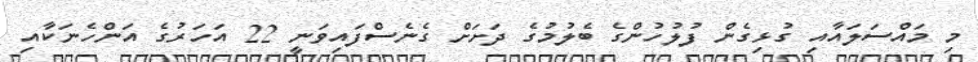
މި މައްސަލައާއި ގުޅިގެން ފުލުހުންގެ ބެލުމުގެ ދަށަށް ގެނެސްފައިވަނީ 22 އަހަރުގެ އަންހެނަކާއި